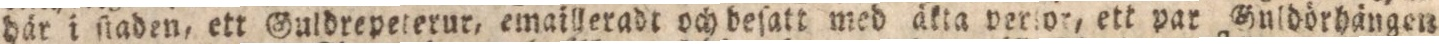
här i ſtaden, ett Guldrepeterur, emailleradt och beſatt med äkta perlor, ett par Guldörhängen